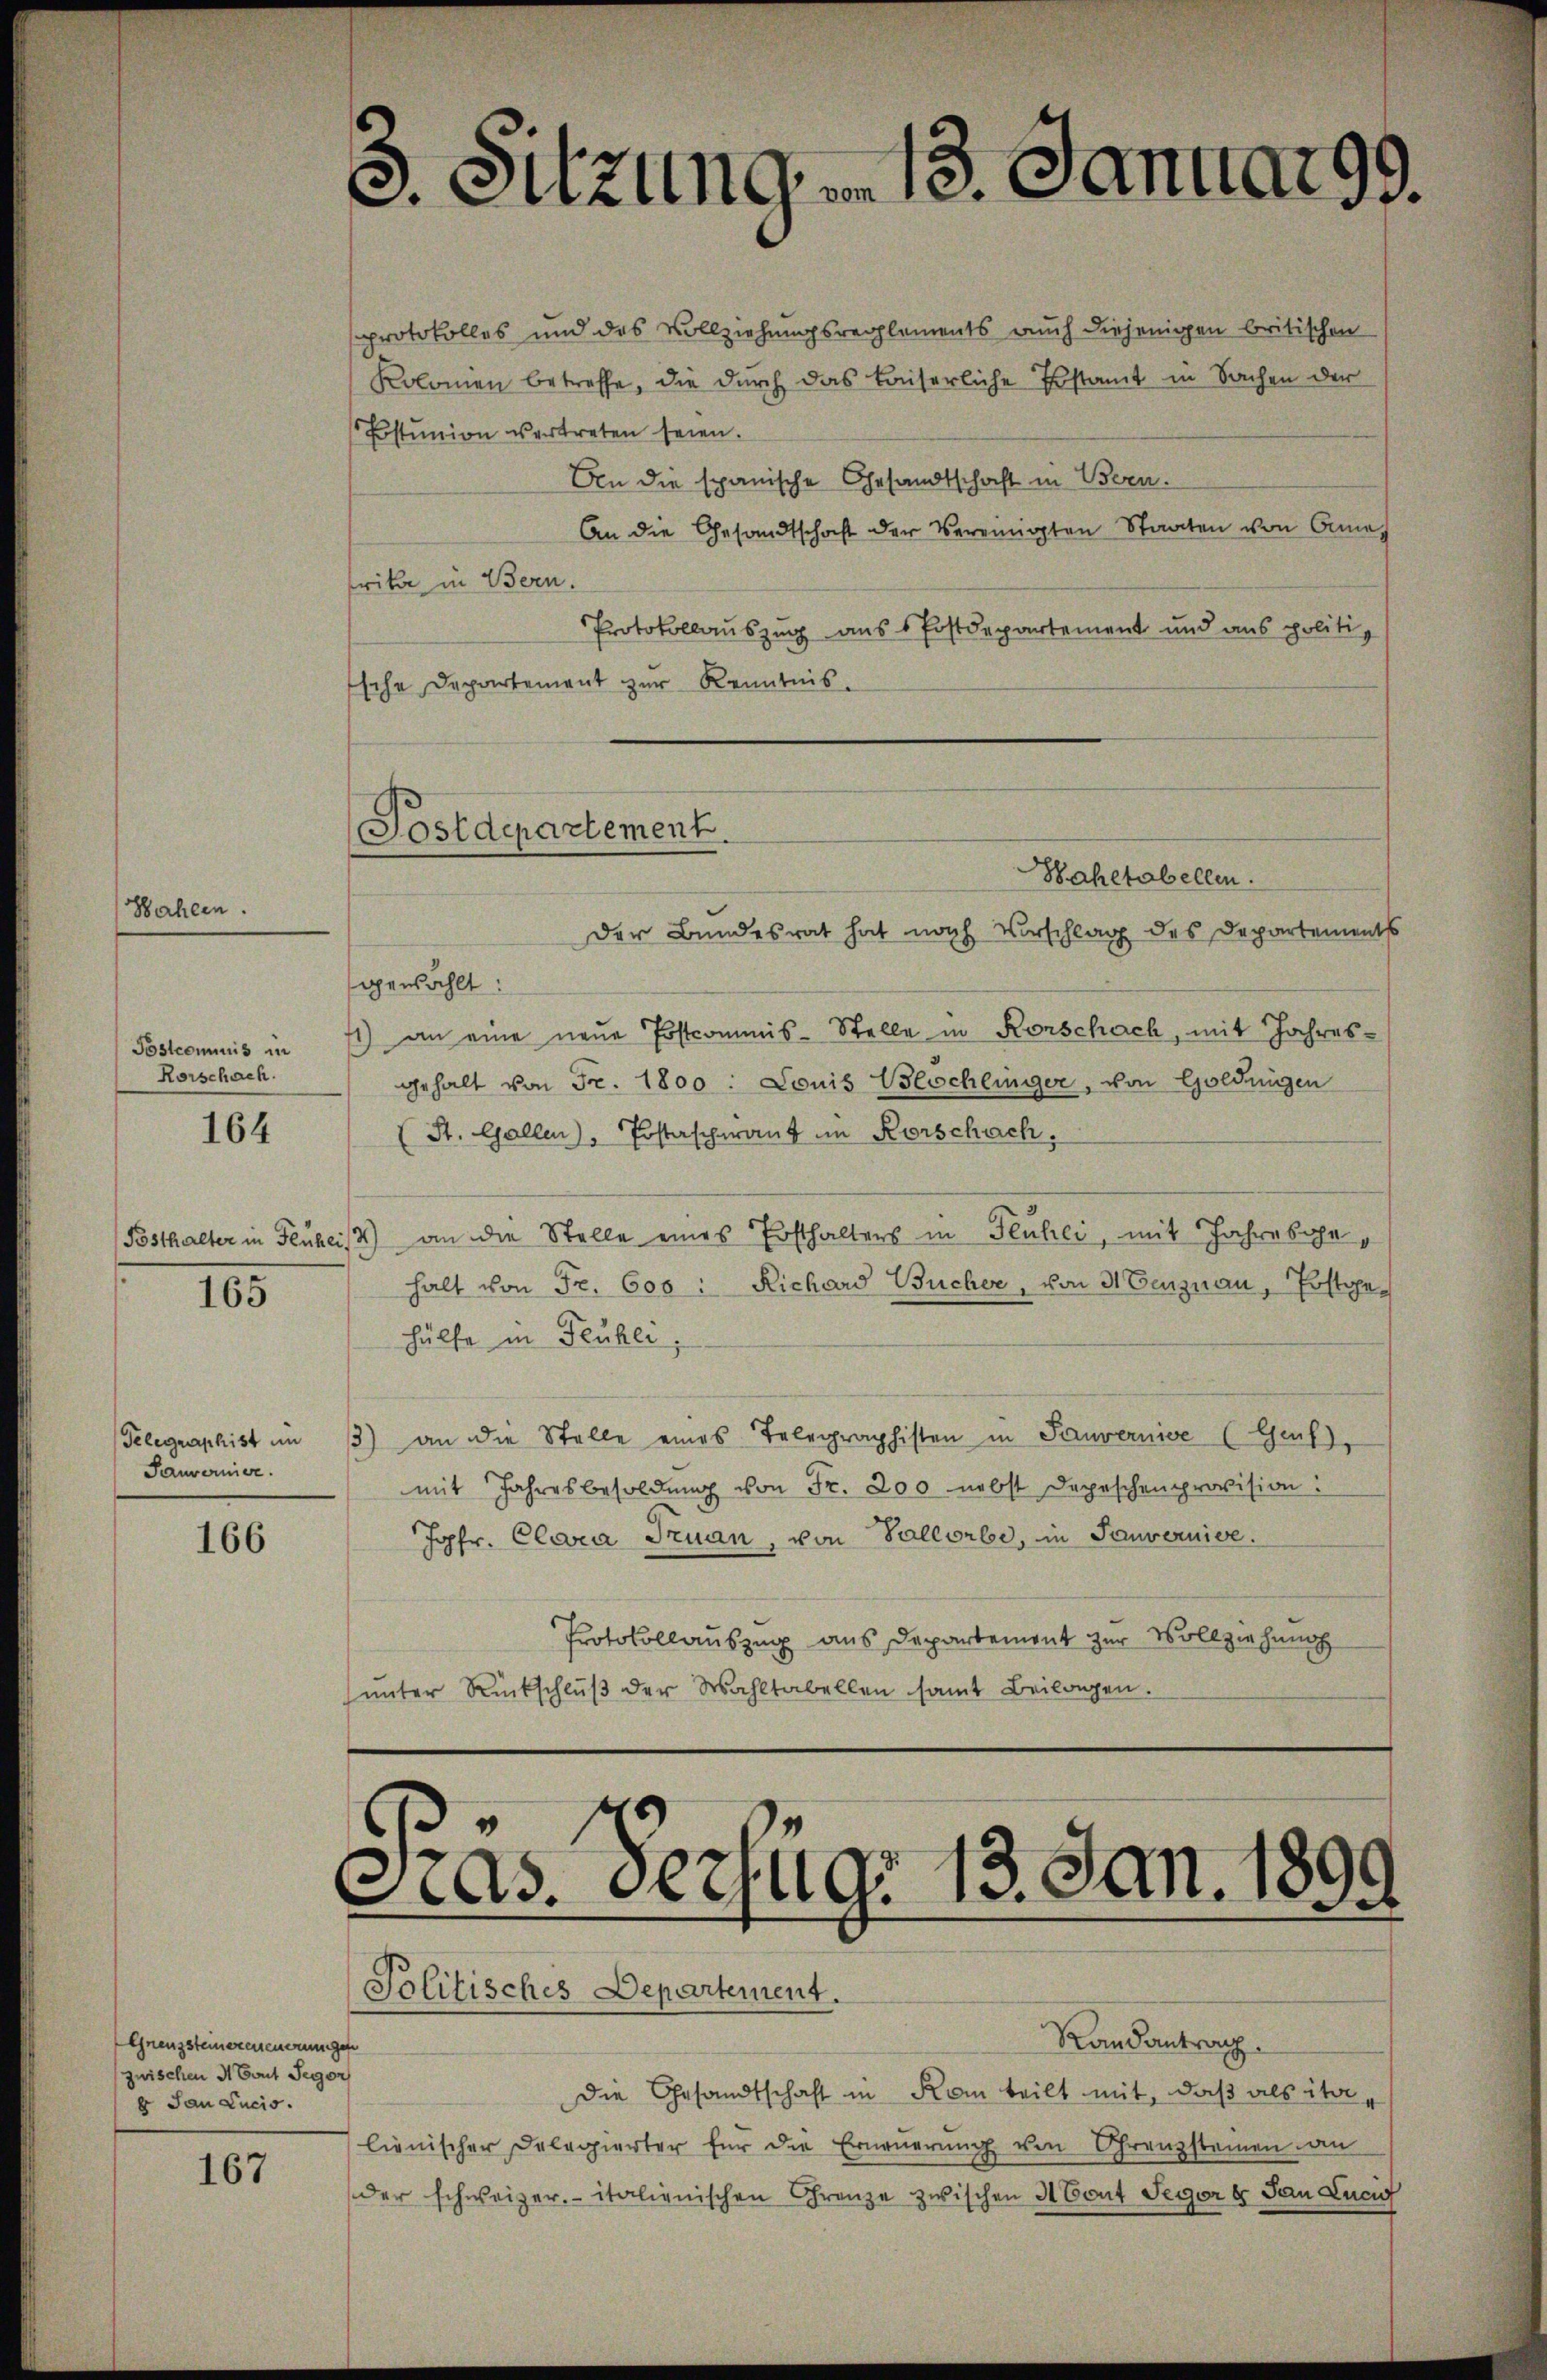
Hahlen.
Postcommis in
Rorschach.

164

165

Sauvernier.

166

sprotokolles und das Vollziehungsreglements auch diejenigen britischen
Kolonien betreffe, die durch das kaiserliche Erstamt in Sachen der
Estunion vertreten seien.
An die spanische Gesandtschaft in Bern.
frika in Bern.
sche Departement zur Kenntnis.
gewählt:
1) an eine neue Erstcommis-Stelle in Konschach, mit Jahres-
gehalt von Fr. 1800. Louis Blöchlinger, von Goldungen
(St. Gallen), Postascherant im Kerschach,
Posthalter in Feuhei/4) an die Stelle eines Ersthalters in Flühli, mit Jahreshe
halt von Fr. 600 : Richard Bücher, von 3 Fenznau, Postgehülfe in Teuhei,
Telegraphist im 13) an die Stelle eines Telegraphisten in Sauvernice (Genf),
mit Jahresbesoldŭng von Fr. 200 nebst Depeschenprovision:
Jopfr. Clara Truan, von Vallorbe, in Souvernise.
Protokollauszug aus Departement zur Vollziehung
ŭnter Rückschlŭβ der Wahltabellen samt Beilagen.

Grenzsteinerenennunge
zwischen Maut Segor
6 Jan Lucio.

167

8. Sitzung von 13. Januar 99.

Sostdepartement.
Hahetabellen.
Der Bundesrat hat nach Vorschlag des Departements

.
as. Verzug. 13. Jan. 1899
Politisches Departement.
Randantrag.

An die Gesandtschaft der Vereinigten Staaten von Orna
Protokollauszug aus 1 Erstdepartement und aus politi¬

Die Gesandtschaft in Kam teilt mit, daß als ita-
lienischer Delegierter für die Erneŭerŭng von Grenzsteinen an
der schweizer italienischen Grenze zwischen A Cout Segor 8 Jan Luci